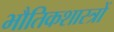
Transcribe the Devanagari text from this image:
भौतिकशास्त्रों